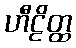
ဟီဠိတ္ထ